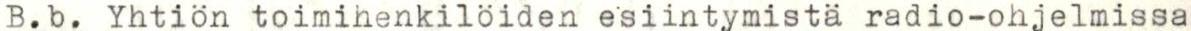
B.b. Yhtiön toimihenkilöiden esiintymistä radio-ohjelmissa